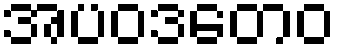
အပဝဒတေဝ